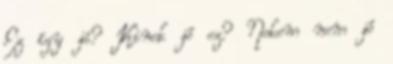
Ez így jó? Kinek jó ez? Nekem nem jó